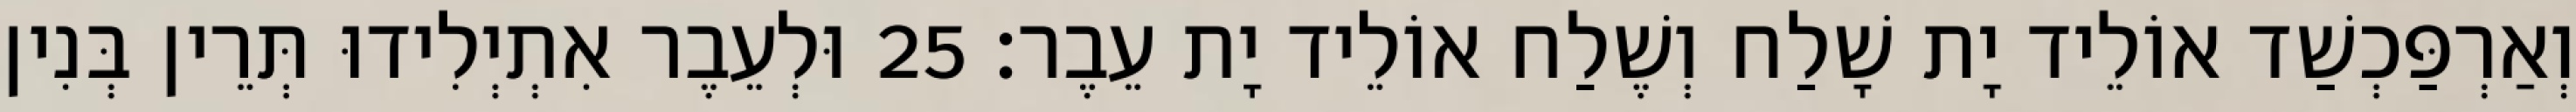
וְאַרְפַּכְשַׁד אוֹלֵיד יָת שָׁלַח וְשֶׁלַח אוֹלֵיד יָת עֵבֶר׃ 25 וּלְעֵבֶר אִתְיְלִידוּ תְּרֵין בְּנִין